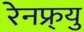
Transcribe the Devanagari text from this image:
रेनफ्र्यु